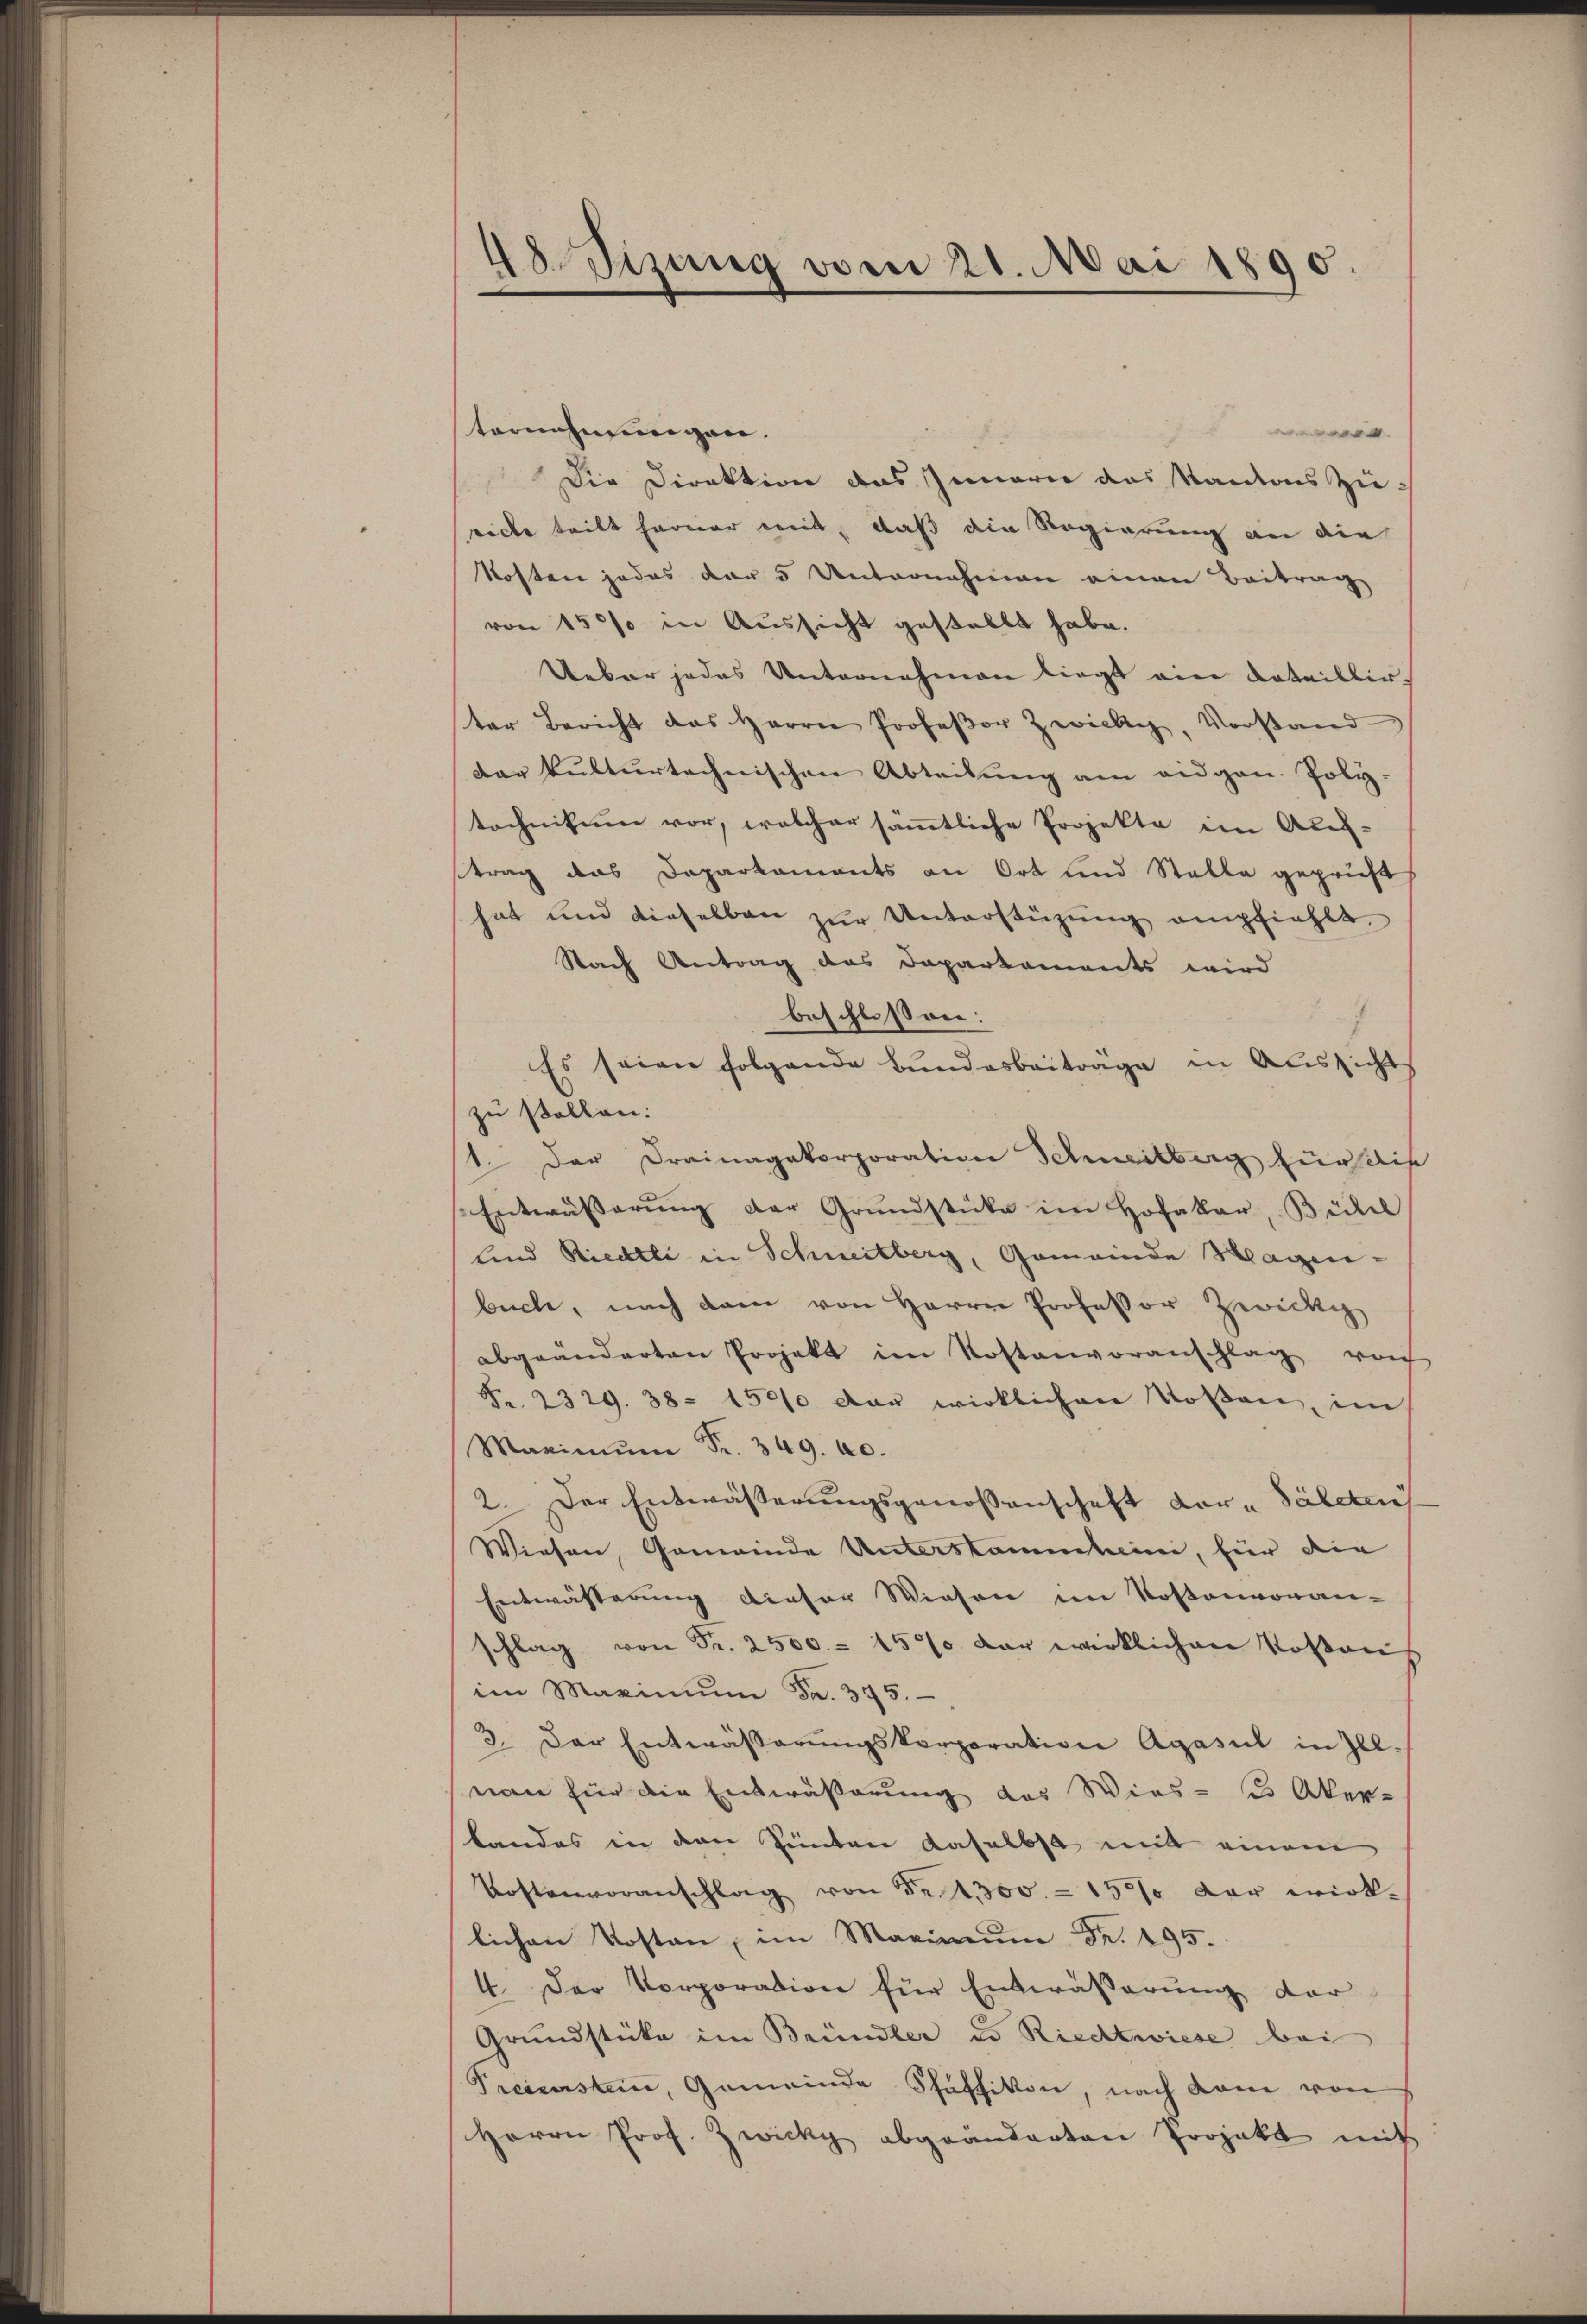
48. Sizung vom 21. Mai 1890.

tornahm einigen.
.
Die Direktion das Innern das Kantons Zu-
recte teilt harner mit, daß die Regierung an die
Kosten jedes der 5 Unternahmen einen Beitrag
von 150 in Aussicht gestellt habe.
Ueber jedes Unternehmen liegt ein Detaillirter Bericht das Herrn Professor Zwicki, Vorstand
dar kulturtechnischen Abteilung am eidgen. Poly-
tochnikum vor, welcher sämmtliche Projekte im Auf-
trag das Daparkaments an Ort und Stelle geprieft
hat und dieselben zŭr Unterstüzung empfiehlt,
Nach Antrag des Dapartements wird
beschlossen:
Es seien folgende Bundesbeiträge in Aussicht
zu sollen:
1. Der Drainagakorporation Schweitberg fürstlis
Entwässerung der Grundstücke im Hofakar, Bühl
lind Riedtli in Schneitberg, Gemeinde Hagenbuche, nach dem von Herrn Professor Zweck
abgeänderten Projekt im Kostenvoranschlag noch
Fr. 2329. 38. 1500 der wirklichen Kosten, im
Maximum Fr. 349. 40.
2. Der Entwässerungsgenossenschaft Kor- Säleten
Wiesen, Gemeinde Unterstammheim, für die
Entwässerung dieser Wiesen im Kostenvoran-
schlag von Fr. 2500.- 1570 der wirklichen Voltaus
im Maximŭm Fr. 375.
3. Der Entwässerŭngskorporation Agasul in Ill.
non für die Entwässerung des Wies - es Aker-
Landes in den Hinten daselbst mit einem
Kostenvoranschlag von Fr. 1300 - 15% der wirk-
lichen Kosten im Maximŭm Fr. 195.
4. Der Vorporation für Entwässerung der
Grundstücke im Bründler d. Riedtwiese bei
Preisestern, Gemeinde Schäffikon, nach kam von
Herrn Prof. Zwicky abgeänderten Projekt mit